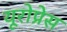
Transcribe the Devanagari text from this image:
यूरोप्रेस